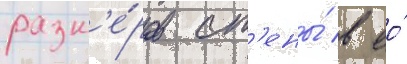
разм'е́ров ст'ены́ в ео́